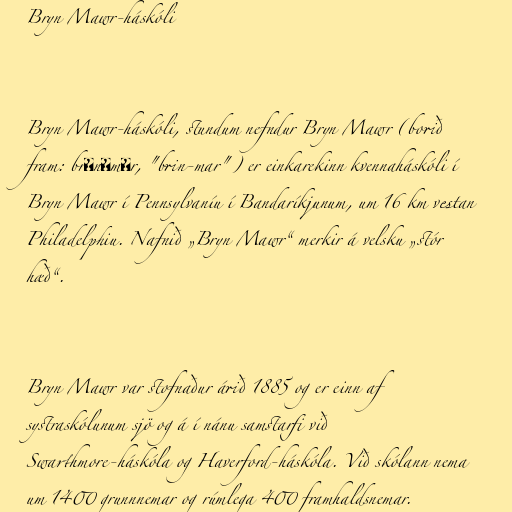
Bryn Mawr-háskóli

Bryn Mawr-háskóli, stundum nefndur Bryn Mawr (borið
fram: brɪnˈmɑr, "brin-mar") er einkarekinn kvennaháskóli í
Bryn Mawr í Pennsylvaníu í Bandaríkjunum, um 16 km vestan
Philadelphiu. Nafnið „Bryn Mawr“ merkir á velsku „stór
hæð“.

Bryn Mawr var stofnaður árið 1885 og er einn af
systraskólunum sjö og á í nánu samstarfi við
Swarthmore-háskóla og Haverford-háskóla. Við skólann nema
um 1400 grunnnemar og rúmlega 400 framhaldsnemar.